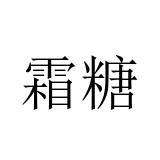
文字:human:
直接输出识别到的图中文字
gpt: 霜糖